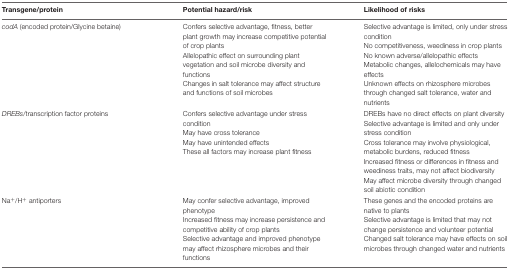
<table><thead><tr><td><b>Transgene/protein</b></td><td><b>Potential hazard/risk</b></td><td><b>Likelihood of risks</b></td></tr></thead><tbody><tr><td><i>codA</i> (encoded protein/Glycine betaine)</td><td>Confers selective advantage, fitness, better plant growth may increase competitive potential of crop plantsAllelopathic effect on surrounding plant vegetation and soil microbe diversity and functionsChanges in salt tolerance may affect structure and functions of soil microbes</td><td>Selective advantage is limited, only under stress conditionNo competitiveness, weediness in crop plantsNo known adverse/allelopathic effectsMetabolic changes, allelochemicals may have effectsUnknown effects on rhizosphere microbes through changed salt tolerance, water and nutrients</td></tr><tr><td><i>DREBs</i>/transcription factor proteins</td><td>Confers selective advantage under stress conditionMay have cross toleranceMay have unintended effectsThese all factors may increase plant fitness</td><td>DREBs have no direct effects on plant diversitySelective advantage is limited and only under stress conditionCross tolerance may involve physiological, metabolic burdens, reduced fitnessIncreased fitness or differences in fitness and weediness traits, may not affect biodiversityMay affect microbe diversity through changed soil abiotic condition</td></tr><tr><td>Na<sup>+</sup>/H<sup>+</sup> antiporters</td><td>May confer selective advantage, improved phenotypeIncreased fitness may increase persistence and competitive ability of crop plantsSelective advantage and improved phenotype may affect rhizosphere microbes and their functions</td><td>These genes and the encoded proteins are native to plantsSelective advantage is limited that may not change persistence and volunteer potentialChanged salt tolerance may have effects on soil microbes through changed water and nutrients</td></tr></tbody></table>